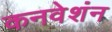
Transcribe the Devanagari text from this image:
कनवेशंन